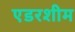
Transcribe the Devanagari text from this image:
एडरशीम